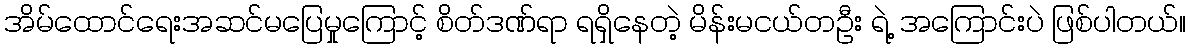
အိမ်ထောင်ရေးအဆင်မပြေမှုကြောင့် စိတ်ဒဏ်ရာ ရရှိနေတဲ့ မိန်းမငယ်တဦး ရဲ့ အကြောင်းပဲ ဖြစ်ပါတယ်။